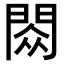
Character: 閦